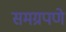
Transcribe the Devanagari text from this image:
समग्रपणे